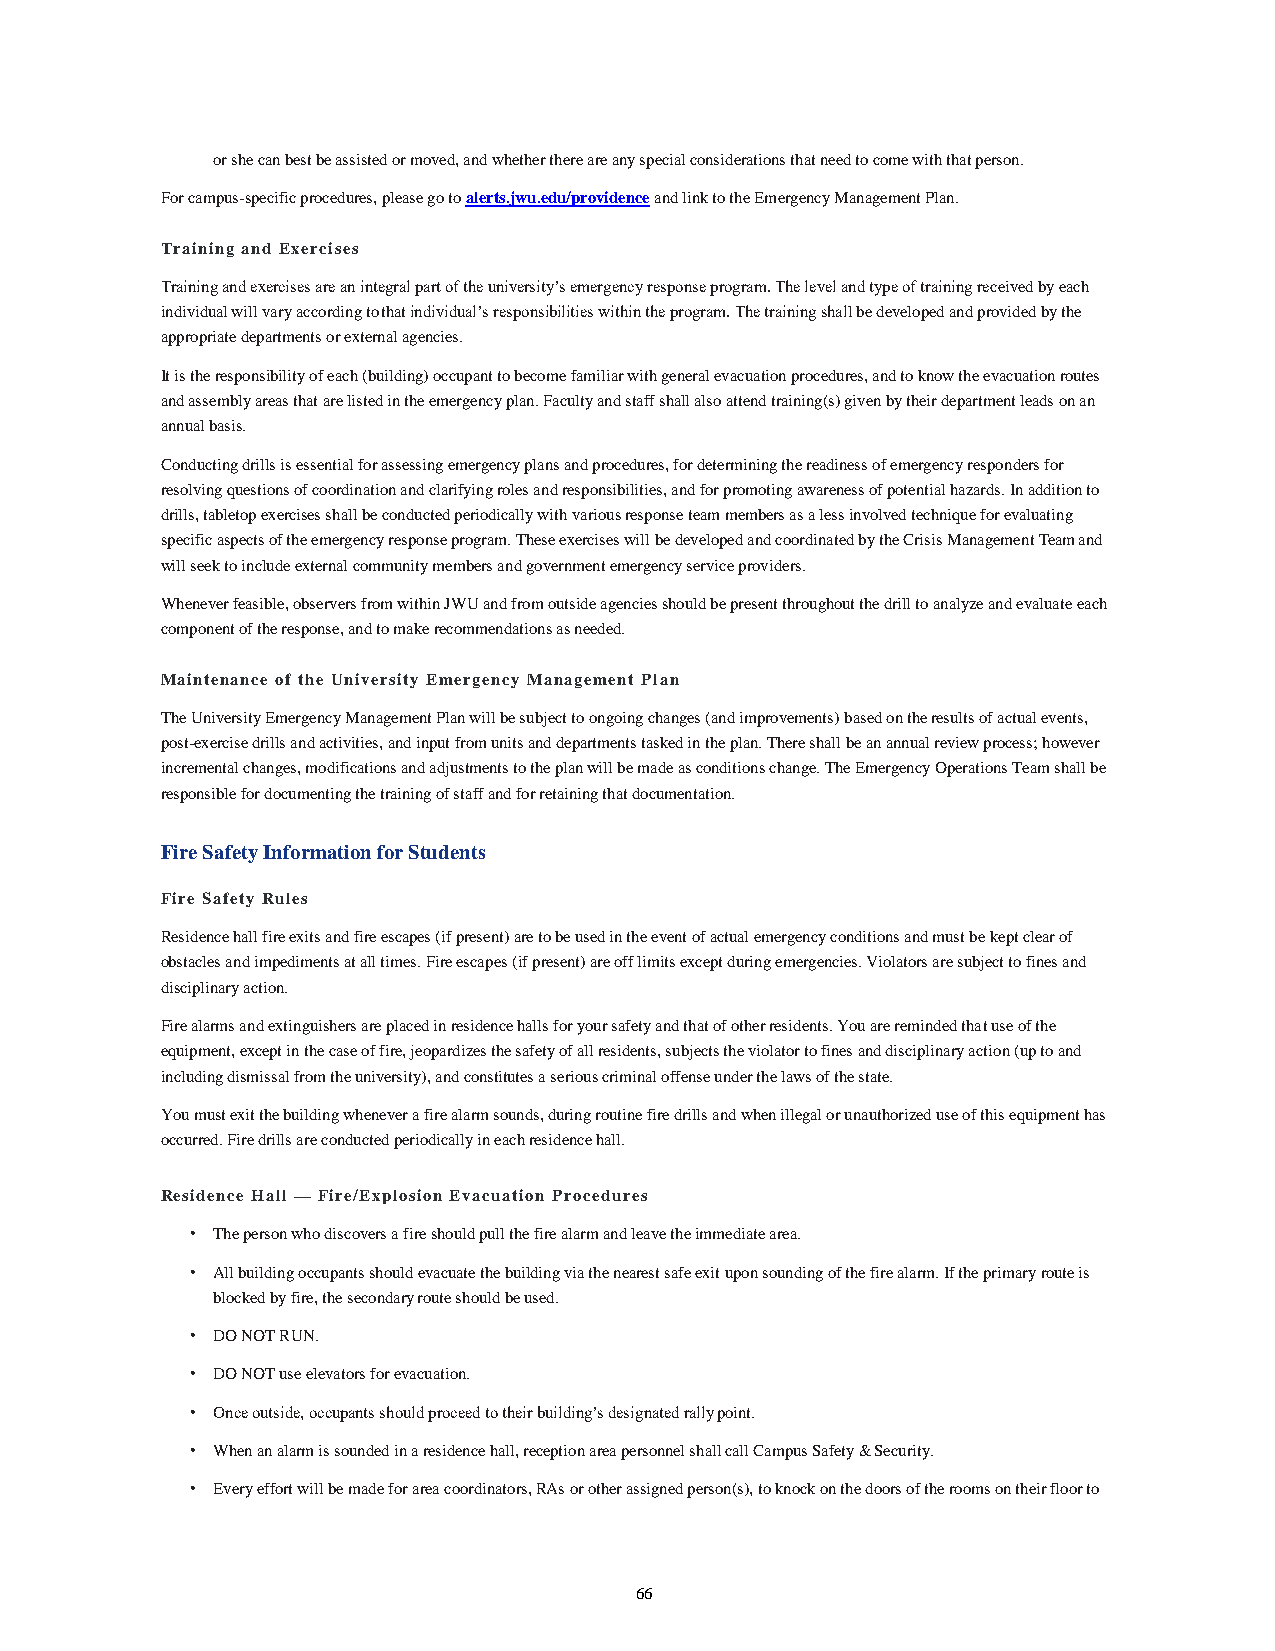
or she can best be assisted or moved, and whether there are any special considerations that need to come with that person.
 For campus-specific procedures, please go to alerts.jwu.edu/providence and link to the Emergency Management Plan.
 Training and Exercises
 Training and exercises are an integral part of the university’s emergency response program. The level and type of training received by each
 individual will vary according to that individual’s responsibilities within the program. The training shall be developed and provided by the
 appropriate departments or external agencies.
 It is the responsibility of each (building) occupant to become familiar with general evacuation procedures, and to know the evacuation routes
 and assembly areas that are listed in the emergency plan. Faculty and staff shall also attend training(s) given by their department leads on an
 annual basis.
 Conducting drills is essential for assessing emergency plans and procedures, for determining the readiness of emergency responders for
 resolving questions of coordination and clarifying roles and responsibilities, and for promoting awareness of potential hazards. In addition to
 drills, tabletop exercises shall be conducted periodically with various response team members as a less involved technique for evaluating
 specific aspects of the emergency response program. These exercises will be developed and coordinated by the Crisis Management Team and
 will seek to include external community members and government emergency service providers.
 Whenever feasible, observers from within JWU and from outside agencies should be present throughout the drill to analyze and evaluate each
 component of the response, and to make recommendations as needed.
 Maintenance of the University Emergency Management Plan
 The University Emergency Management Plan will be subject to ongoing changes (and improvements) based on the results of actual events,
 post-exercise drills and activities, and input from units and departments tasked in the plan. There shall be an annual review process; however
 incremental changes, modifications and adjustments to the plan will be made as conditions change. The Emergency Operations Team shall be
 responsible for documenting the training of staff and for retaining that documentation.
 Fire Safety Information for Students
 Fire Safety Rules
 Residence hall fire exits and fire escapes (if present) are to be used in the event of actual emergency conditions and must be kept clear of
 obstacles and impediments at all times. Fire escapes (if present) are off limits except during emergencies. Violators are subject to fines and
 disciplinary action.
 Fire alarms and extinguishers are placed in residence halls for your safety and that of other residents. You are reminded that use of the
 equipment, except in the case of fire, jeopardizes the safety of all residents, subjects the violator to fines and disciplinary action (up to and
 including dismissal from the university), and constitutes a serious criminal offense under the laws of the state.
 You must exit the building whenever a fire alarm sounds, during routine fire drills and when illegal or unauthorized use of this equipment has
 occurred. Fire drills are conducted periodically in each residence hall.
 Residence Hall — Fire/Explosion Evacuation Procedures
 • The person who discovers a fire should pull the fire alarm and leave the immediate area.
 • All building occupants should evacuate the building via the nearest safe exit upon sounding of the fire alarm. If the primary route is
 blocked by fire, the secondary route should be used.
 • DO NOT RUN.
 • DO NOT use elevators for evacuation.
 • Once outside, occupants should proceed to their building’s designated rally point.
 • When an alarm is sounded in a residence hall, reception area personnel shall call Campus Safety & Security.
 • Every effort will be made for area coordinators, RAs or other assigned person(s), to knock on the doors of the rooms on their floor to
 66